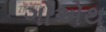
ગોએથ